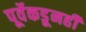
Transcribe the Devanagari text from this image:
पूर्वेकडूनही